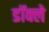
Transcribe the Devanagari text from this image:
डॉक्ले